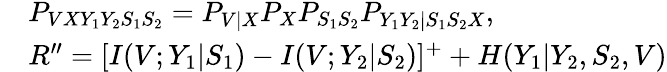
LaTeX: \begin{array}{rl}&{P_{VXY_{1}Y_{2}S_{1}S_{2}}=P_{V|X}P_{X}P_{S_{1}S_{2}}P_{Y_{1}Y_{2}|S_{1}S_{2}X},}\\ &{R^{\prime\prime}=[I(V;Y_{1}|S_{1})-I(V;Y_{2}|S_{2})]^{+}+H(Y_{1}|Y_{2},S_{2},V)}\end{array}